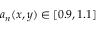
a _ { n } ( x , y ) \in [ 0 . 9 , 1 . 1 ]